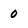
Character: 0